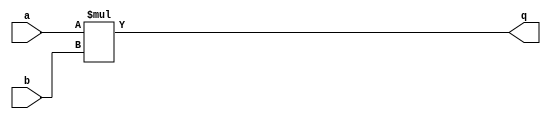
module mul (q,a,b );
input a,b;
output [1:0] q;

assign q = {1'b0,a} * {1'b0,b};

endmodule